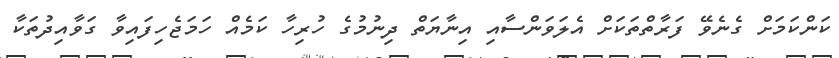
ކަންކަމަށް ގެނެވޭ ފަރާތްތަކަށް އެލަވަންސާއި އިނާޔަތް ދިނުމުގެ ހުރިހާ ކަމެއް ހަމަޖެހިފައިވާ ގަވާއިދުތަކާ